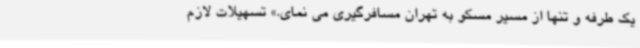
یک طرفه و تنها از مسیر مسکو به تهران مسافرگیری می نمای.» تسهیلات لازم